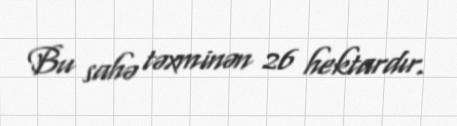
Bu sahə təxminən 26 hektardır.